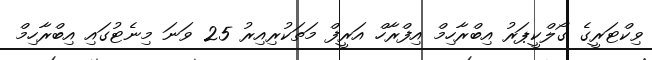
ވިކްޓަރީގެ ގޯލްކީޕަރު އިބްރާހިމް އިފްރާހް އަރީފް މަތަކުރިއިރު 25 ވަނަ މިނެޓުގައި އިބްރާހިމް